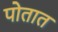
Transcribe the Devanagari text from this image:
पोतात